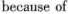
because of